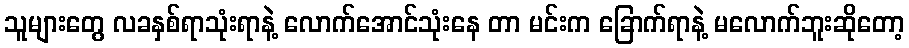
သူများတွေ လခနှစ်ရာသုံးရာနဲ့ လောက်အောင်သုံးနေ တာ မင်းက ခြောက်ရာနဲ့ မလောက်ဘူးဆိုတော့